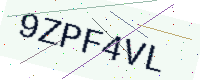
Text: 9ZPF4VL